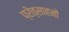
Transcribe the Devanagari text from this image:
प्रेत्साहनों